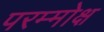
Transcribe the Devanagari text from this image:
परम्मोक्ष